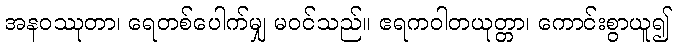
အနဝဿုတာ၊ ရေတစ်ပေါက်မျှ မဝင်သည်။ ဧရကဝါတယုတ္တာ၊ ကောင်းစွာယူ၍